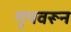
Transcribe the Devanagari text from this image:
गृपवरून